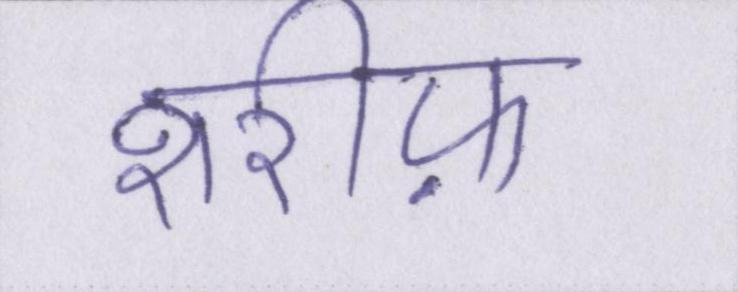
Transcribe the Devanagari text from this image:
शरीफ़